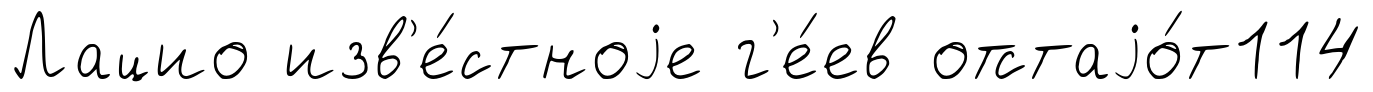
Лацио изв'е́стноjе г'е́ев отстаjо́т114